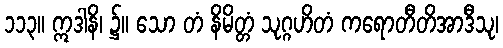
၁၁၃။ ဣဒါနိ၊ ၌။ သော တံ နိမိတ္တံ သုဂ္ဂဟိတံ ကရောတီတိအာဒီသု၊